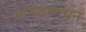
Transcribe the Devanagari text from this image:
अन्त्याराधन